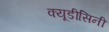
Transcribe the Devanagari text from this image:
क्यूडीसिनी